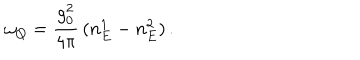
LaTeX: \omega _ { Q } = \frac { g _ { 0 } ^ { 2 } } { 4 \pi } \, ( n _ { E } ^ { 1 } - n _ { E } ^ { 2 } ) \, .